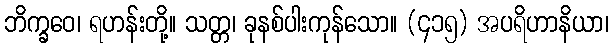
ဘိက္ခဝေ၊ ရဟန်းတို့။ သတ္တ၊ ခုနစ်ပါးကုန်သော။ (၄၁၅) အပရိဟာနိယာ၊